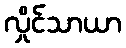
လှိုင်သာယာ